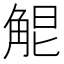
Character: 𧣤